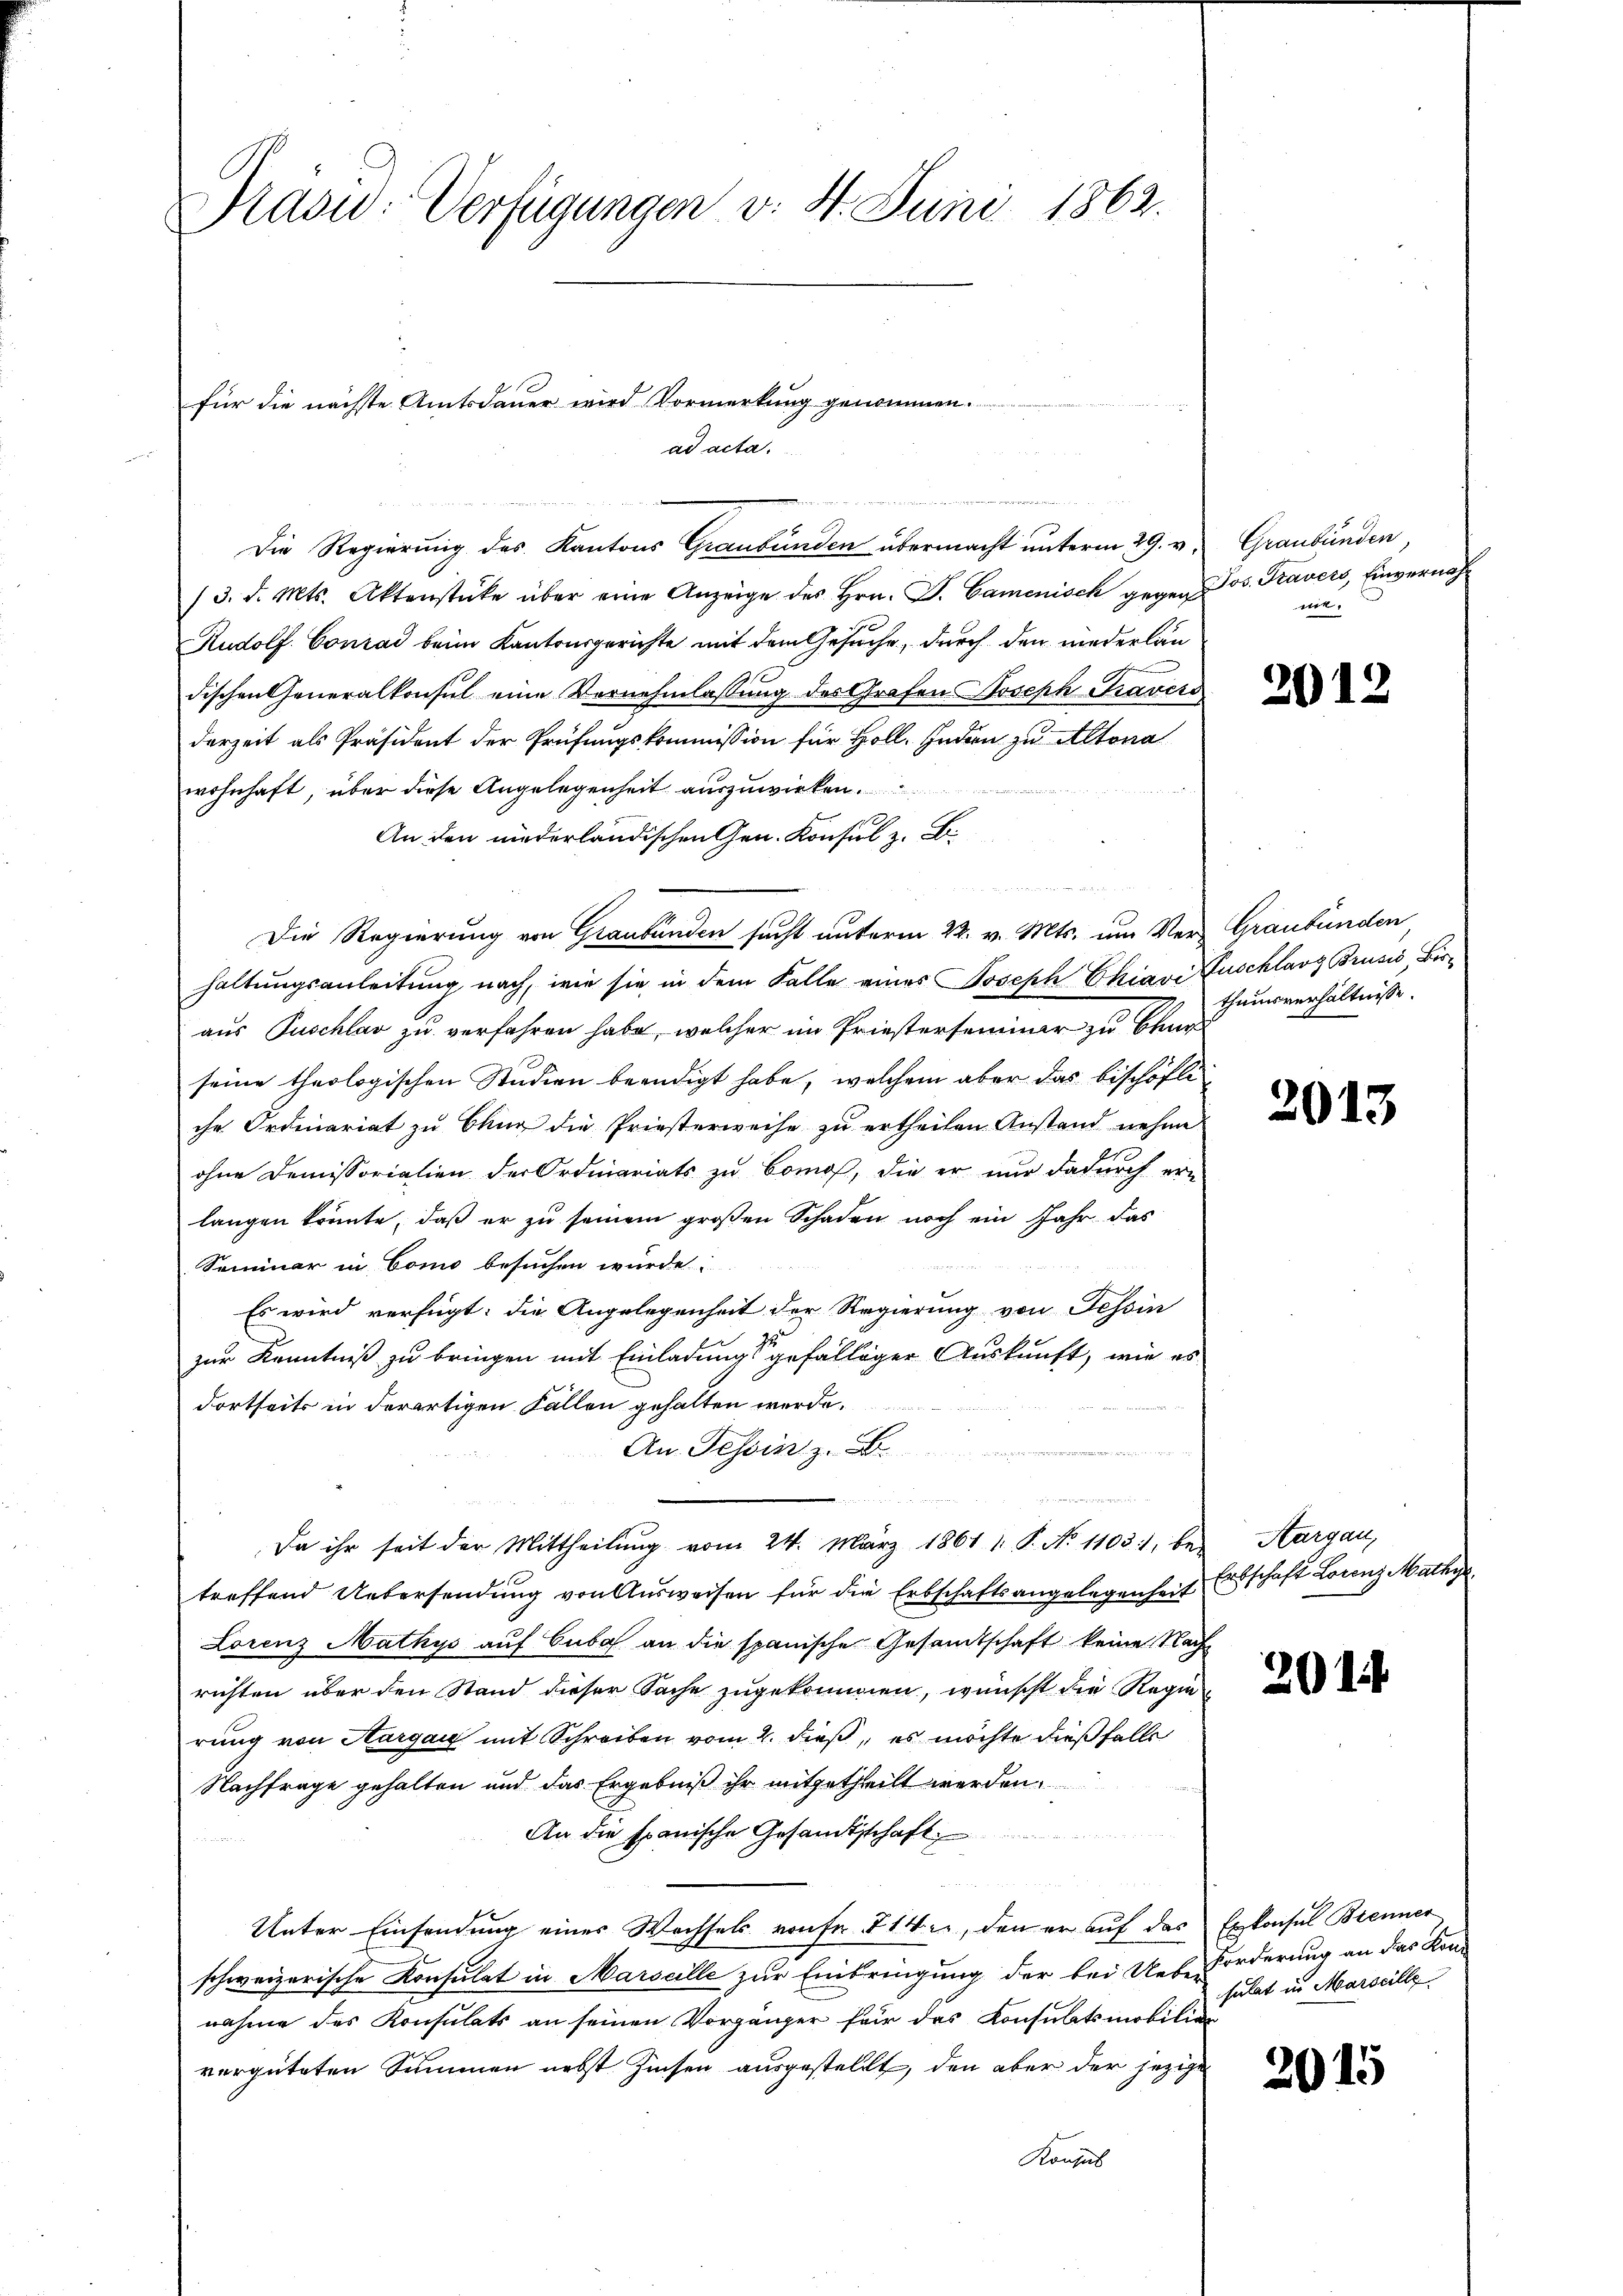
Prävid: Verfügungen v. 4. Juni 1862.

Die Regierung des Kantons Graubünden übermacht unterm 29. v. Graubünden,
/3. d. Mts. Aktenstücke über eine Anzeige des Hrn. F. Camenisch gegen Jos. Fravers, Einvernah¬
Rudolf Conrad beim Kantonsgerichte mit dem Gesuche, durch den niederlandischen Generalkonsul eine Vernehmlassung des Grafen Joseph Travers
derzeit als Präsident der Prüfungskommission für Holl. Indern zu Altona

wohnhaft, über diese Angelegenheit auszuwirken.
An den niederländischen Gen. Konsul z. Ei
ahen
Die Regierung von Graubünden sucht unterm 22. v. Mts. um Ver- Graubünden
haltungsanleitung nach, wie sie in dem Falle eines Joseph Chiavi Fuschlag Brusis Bir
aus Puschlav zu verfahren habe, welcher im Priesterseminar zu beur
seine theologischen Studien beendigt habe, welchem aber das bischöfliche Ordiariat zu Chur die Priesterweise zu ertheilen Anstand nehme
ohne Demissorialien der Ordniariats zu bomos, die er nur dadurch er-
langen könnte, daß er zu seinem großen Schaden noch ein Jahr das
Seminar in Como besuchen wurde.
Es wird verfügt: die Angelegenheit der Regierung von Tessin
zur Kenntniß zu bringen mit Einladungsgefälliger Auskunft, wie es
dortseits in derartigen Fällen gehalten werde.
An Tessin z. B.
 trug in der wen
Da ihr seit der Mittheilung vom 24. März 1861 1 S. No 11031, bei Aargau,
treffend Untersendung von Ausweisen für die Erbschaftsangelegenheit Entschaft Lorenz Mathy
Lorenz Mathys auf Cuba an die spanische Gesandtschaft keine Nach
richten über den Stand dieser Sache zugekommen, wünscht die Regie
rung von Aargau mit Schreiben vom 2. dieß, es möchte dießfalls
Nachfrage gehalten und das Ergebniß ihr mitgetheilt werden.
An die spanische Gesandtschaft
e
Unter Einsendung eines Wechsels von fr. 714, den er auf das Exkonsul Brenner
schweizerische Konsulat in Marseille zur Einbringung der bei Ueber Forderung an das Kon-
nahme des Konsulats an seinen Vorgänger für das Konsulatsmobilien
vergüteten Summen nebst Zinsen ausgestellt, den aber der jezige
Konsul

für die nächste Amtsdauer wird Vormerkung genommen.
ad acta.
d

me.

2012

thumsverhältnisse.

2013

201

sulat in Marseille

2015